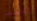
إليسا